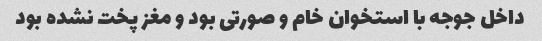
داخل جوجه با استخوان خام و صورتی بود و مغز پخت نشده بود